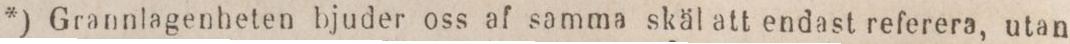
*) Grannlagenheten bjuder oss af samma skäl att endast referera, utan